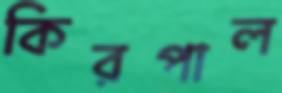
কিরপাল